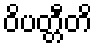
ဝိပတ္တီတိ